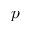
p